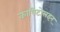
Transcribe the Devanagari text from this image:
कापिटोलइन्